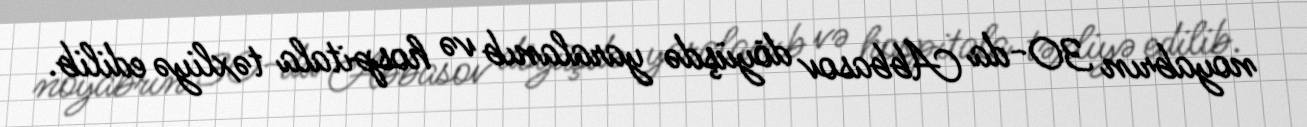
noyabrın 30-da Abbasov döyüşdə yaralanıb və hospitala təxliyə edilib.